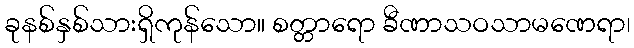
ခုနစ်နှစ်သားရှိကုန်သော။ စတ္တာရော ခီဏာသဝသာမဏေရာ၊